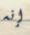
إنه